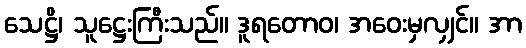
သေဋ္ဌိ၊ သူဋ္ဌေးကြီးသည်။ ဒူရတောဝ၊ အဝေးမှလျှင်။ အာ